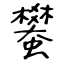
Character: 蠜